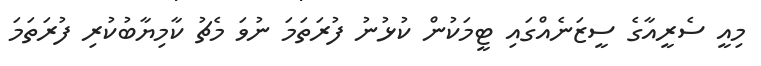
މިއީ ސެރީއާގެ ސީޒަނެއްގައި ޓީމަކުން ކުޅުނު ފުރަތަމަ ނުވަ މެޗު ކާމިޔާބުކުރި ފުރަތަމަ